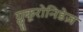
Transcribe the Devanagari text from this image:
ग्लुकूरोनिडेज़